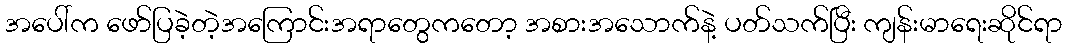
အပေါ်က ဖော်ပြခဲ့တဲ့အကြောင်းအရာတွေကတော့ အစားအသောက်နဲ့ ပတ်သက်ပြီး ကျန်းမာရေးဆိုင်ရာ